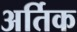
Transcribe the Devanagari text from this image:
अर्तिक